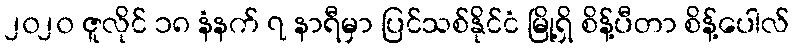
၂၀၂၀ ဇူလိုင် ၁၈ နံနက် ၇ နာရီမှာ ပြင်သစ်နိုင်ငံ မြို့ရှိ စိန့်ပီတာ စိန့်ပေါလ်